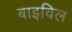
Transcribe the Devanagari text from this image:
बाइविल